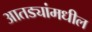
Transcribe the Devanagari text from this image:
आतड्यांमधील